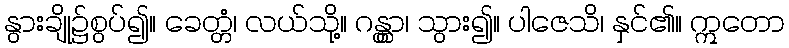
နွားချို၌စွပ်၍။ ခေတ္တံ၊ လယ်သို့။ ဂန္တွာ၊ သွား၍။ ပါဇေသိ၊ နှင်၏။ ဣတော